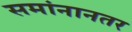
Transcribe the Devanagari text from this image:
समांनानतर